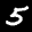
Label: 5